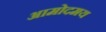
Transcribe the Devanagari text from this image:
आमोदमय